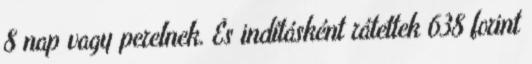
8 nap vagy perelnek. És indításként rátettek 638 forint